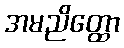
အမညိတ္ထော